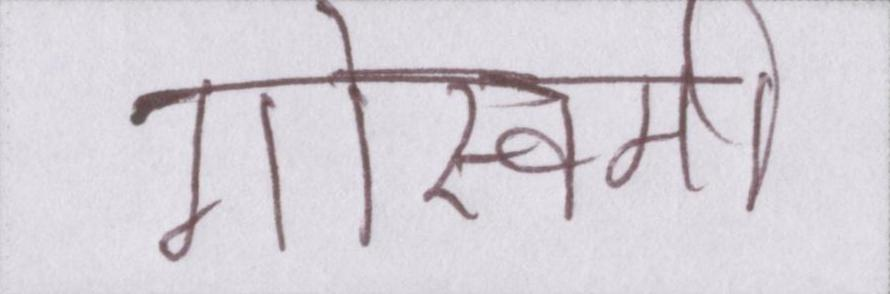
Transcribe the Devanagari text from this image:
गोस्वामी